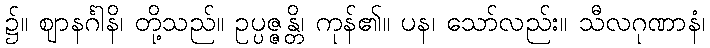
၌။ ဈာနင်္ဂါနိ၊ တို့သည်။ ဥပ္ပဇ္ဇန္တိ၊ ကုန်၏။ ပန၊ သော်လည်း။ သီလဂုဏာနံ၊